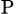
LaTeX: _\textrm{P}